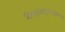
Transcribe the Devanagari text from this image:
मंगल्यागरु